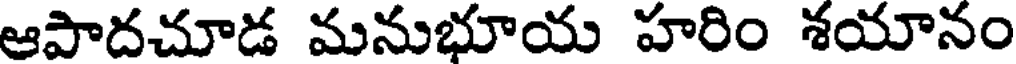
ఆపాదచూడ మనుభూయ హరిం శయానం